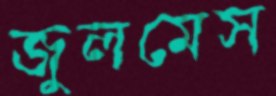
জুলমেস